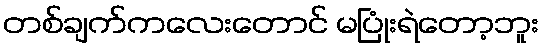
တစ်ချက်ကလေးတောင် မပြုံးရဲတော့ဘူး